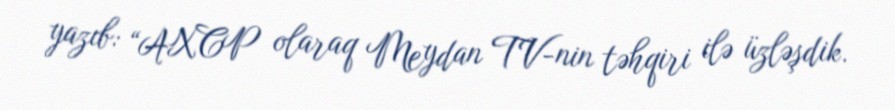
yazıb: “AXCP olaraq Meydan TV-nin təhqiri ilə üzləşdik.